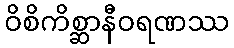
ဝိစိကိစ္ဆာနီဝရဏဿ